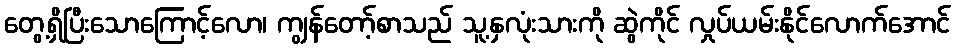
တွေ့ရှိပြီးသောကြောင့်လော၊ ကျွန်တော့်စာသည် သူ့နှလုံးသားကို ဆွဲကိုင် လှုပ်ယမ်းနိုင်လောက်အောင်